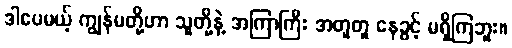
ဒါပေမယ့် ကျွန်မတို့ဟာ သူတို့နဲ့ အကြာကြီး အတူတူ နေခွင့် မရှိကြဘူး။